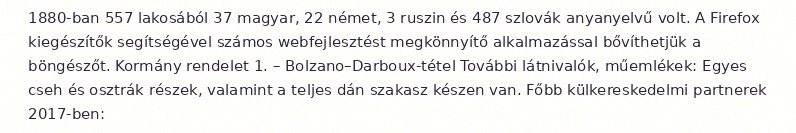
1880-ban 557 lakosából 37 magyar, 22 német, 3 ruszin és 487 szlovák anyanyelvű volt. A Firefox kiegészítők segítségével számos webfejlesztést megkönnyítő alkalmazással bővíthetjük a böngészőt. Kormány rendelet 1. – Bolzano–Darboux-tétel További látnivalók, műemlékek: Egyes cseh és osztrák részek, valamint a teljes dán szakasz készen van. Főbb külkereskedelmi partnerek 2017-ben: